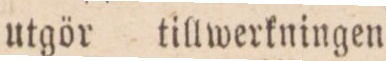
utgör tillwerkningen